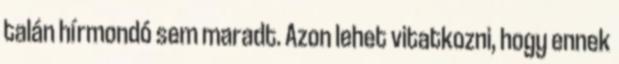
talán hírmondó sem maradt. Azon lehet vitatkozni, hogy ennek